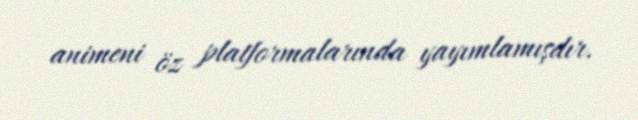
animeni öz platformalarında yayımlamışdır.